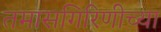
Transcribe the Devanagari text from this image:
तमासगिरिणीच्या